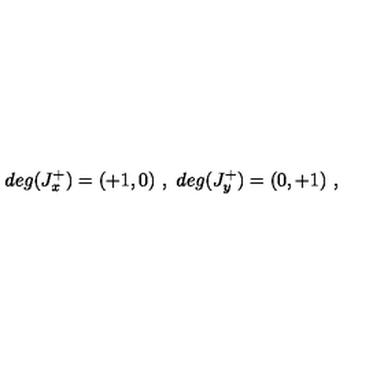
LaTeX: d e g ( J _ { x } ^ { + } ) = ( + 1 , 0 ) \ , \ d e g ( J _ { y } ^ { + } ) = ( 0 , + 1 ) \ ,